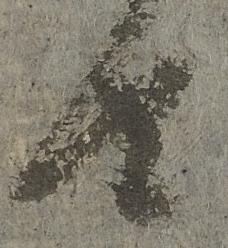
由